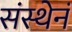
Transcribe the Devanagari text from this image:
संस्थेनं